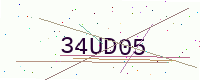
Text: 34UD05